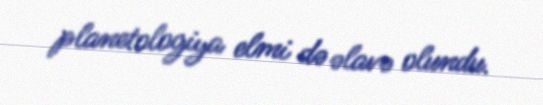
planetologiya elmi də əlavə olundu.